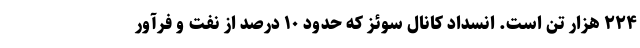
۲۲۴ هزار تن است. انسداد کانال سوئز که حدود ۱۰ درصد از نفت و فرآور